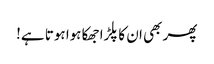
پھر بھی ان کا پلڑا جھکا ہوا ہوتا ہے!